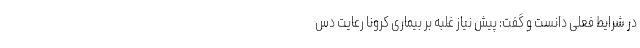
در شرایط فعلی دانست و گفت: پیش نیاز غلبه بر بیماری کرونا رعایت دس